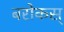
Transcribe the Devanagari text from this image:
बरोकस्